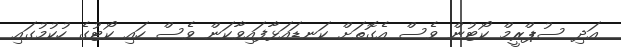
އަދި ސުޕްރީމް ކޯޓުން ވެސް އެގޮތަށް ކަނޑައަޅާފައިވާކަން ވެސް ހައި ކޯޓުގެ ހުކުމުގައި